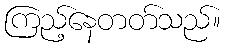
ကြည့်နေတတ်သည်။